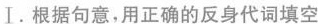
Ⅰ.根据句意,用正确的反身代词填空